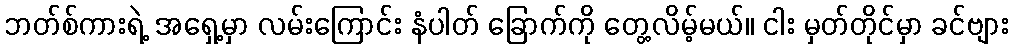
ဘတ်စ်ကားရဲ့ အရှေ့မှာ လမ်းကြောင်း နံပါတ် ခြောက်ကို တွေ့လိမ့်မယ်။ ငါး မှတ်တိုင်မှာ ခင်ဗျား